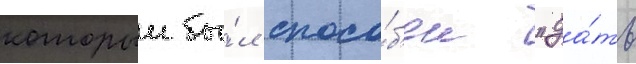
которыи бы́л спосо́б'ен "да́ть